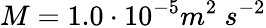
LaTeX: M=1.0\cdot 10^{-5}m^{2}\ s^{-2}